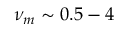
\nu _ { m } \sim 0 . 5 - 4